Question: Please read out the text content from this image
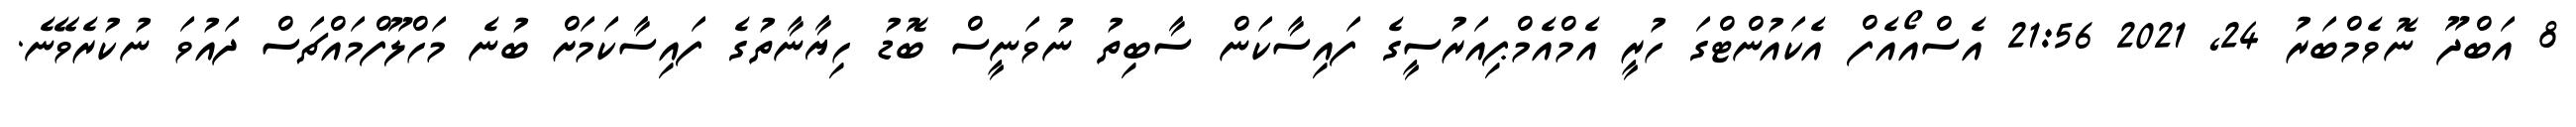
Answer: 8 އަބްދޫ ނޮވެމްބަރު 24, 2021 21:56 އެސްއޯއެފް އެކައުންޓްގަ ހުރީ އެމްއެމްޕިއަރުސީގެ ފައިސާކަން ސާބިތު ނުވަނީސް ބޮޑު ހިޔާނާތުގެ ފައިސާކަމަށް ބުނެ މަހްލޫފްމައްޗަސް ދައުވަ ނުކުރެވޭނެ.